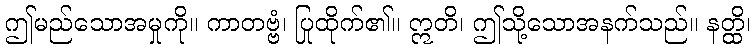
ဤမည်သောအမှုကို။ ကာတဗ္ဗံ၊ ပြုထိုက်၏။ ဣတိ၊ ဤသို့သောအနက်သည်။ နတ္ထိ၊